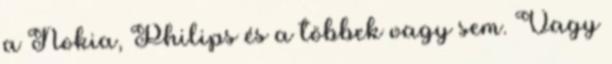
a Nokia, Philips és a többek vagy sem. Vagy